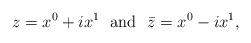
LaTeX: \begin{align*}z=x^{0}+ix^{1}\ \ \mathrm{and}\ \ \bar{z}=x^{0}-ix^{1},\end{align*}